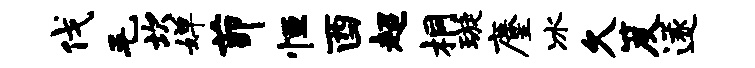
伐毛坎婵茆恒酉超桐璇麈冰久笈遂